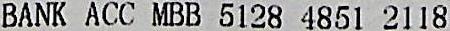
BANK ACC MBB 5128 4851 2118